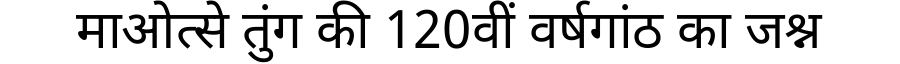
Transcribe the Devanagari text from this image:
माओत्से तुंग की 120वीं वर्षगांठ का जश्न